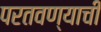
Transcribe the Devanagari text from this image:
परतवण्याची